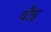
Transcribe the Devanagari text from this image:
वौड़